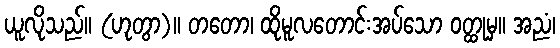
ယူလိုသည်။ (ဟုတွာ)။ တတော၊ ထိုမူလတောင်းအပ်သော ဝတ္ထုမှ။ အညံ၊